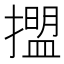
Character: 擝